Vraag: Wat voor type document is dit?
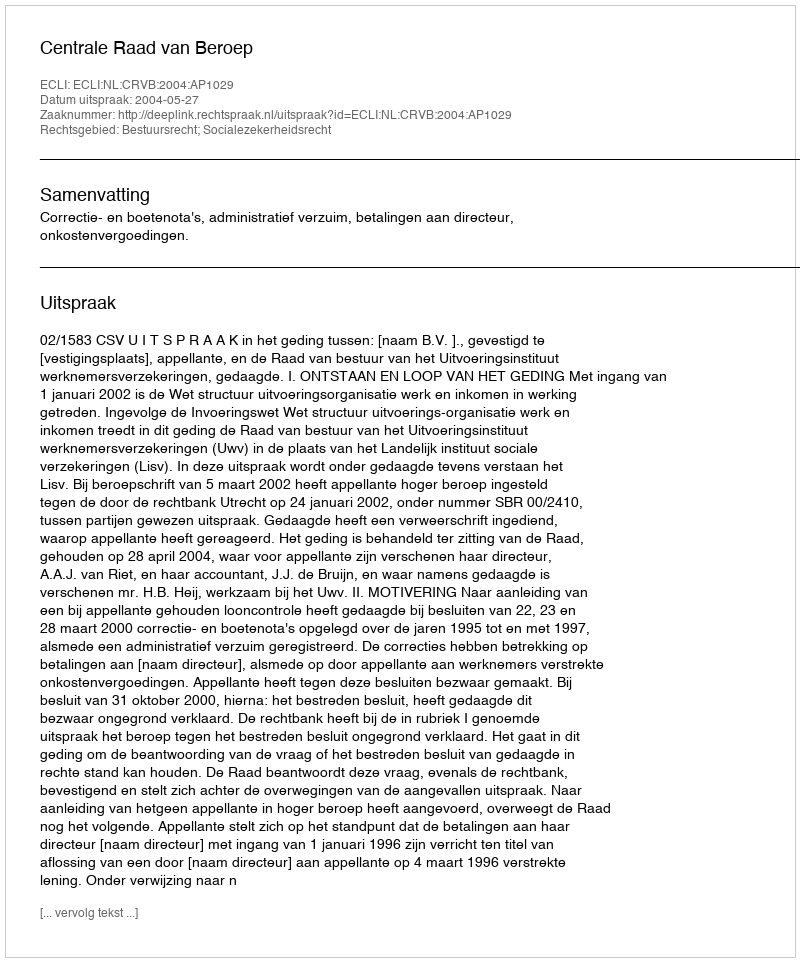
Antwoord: Uitspraak